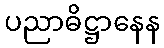
ပညာဓိဋ္ဌာနေန